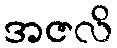
အဇလိ